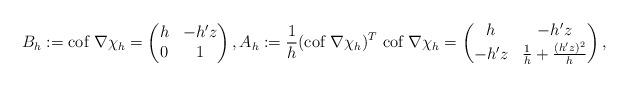
LaTeX: \begin{align*}B_{h} :=\textrm{cof }\nabla \chi_h=\begin{pmatrix}h & -h' z \\0 & 1\end{pmatrix},A_h := \frac{1}{h} (\textrm{cof }\nabla \chi_h)^T\ \textrm{cof }\nabla \chi_h=\begin{pmatrix}h & -h'z \\-h'z & \frac{1}{h} + \frac{(h'z)^2}{h}\end{pmatrix},\end{align*}